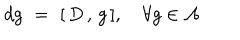
LaTeX: d g \, \, = \, \, [ \, D \, , \, g \, ] , \, \, \, \, \, \, \forall g \in { \cal A }